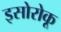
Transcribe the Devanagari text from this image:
इसोरोकू